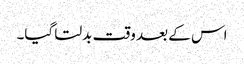
اس کے بعد وقت بدلتا گیا۔